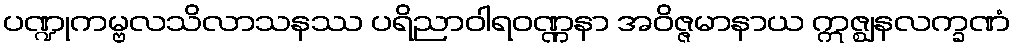
ပဏ္ဍုကမ္ဗလသိလာသနဿ ပရိညာဝါရဝဏ္ဏနာ အဝိဇ္ဇမာနာယ ဣဇ္ဈနလက္ခဏံ